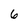
Character: 6